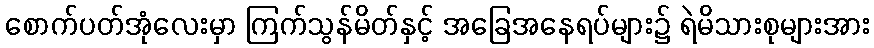
စောက်ပတ်အုံလေးမှာ ကြက်သွန်မိတ်နှင့် အခြေအနေရပ်များ၌ ရဲမိသားစုများအား